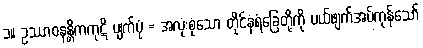
၁။ ဥဿာဝနန္တိကကုဋိ ပျက်ပုံ = အလုံးစုံသော တိုင်နံရံခြေတို့ကို ပယ်ဖျက်အပ်ကုန်သော်